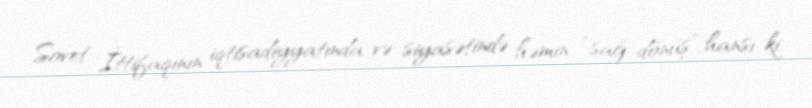
Sovet İttifaqının iqtisadiyyatında və siyasətində həmin “sağ dönüş”, hansı ki,